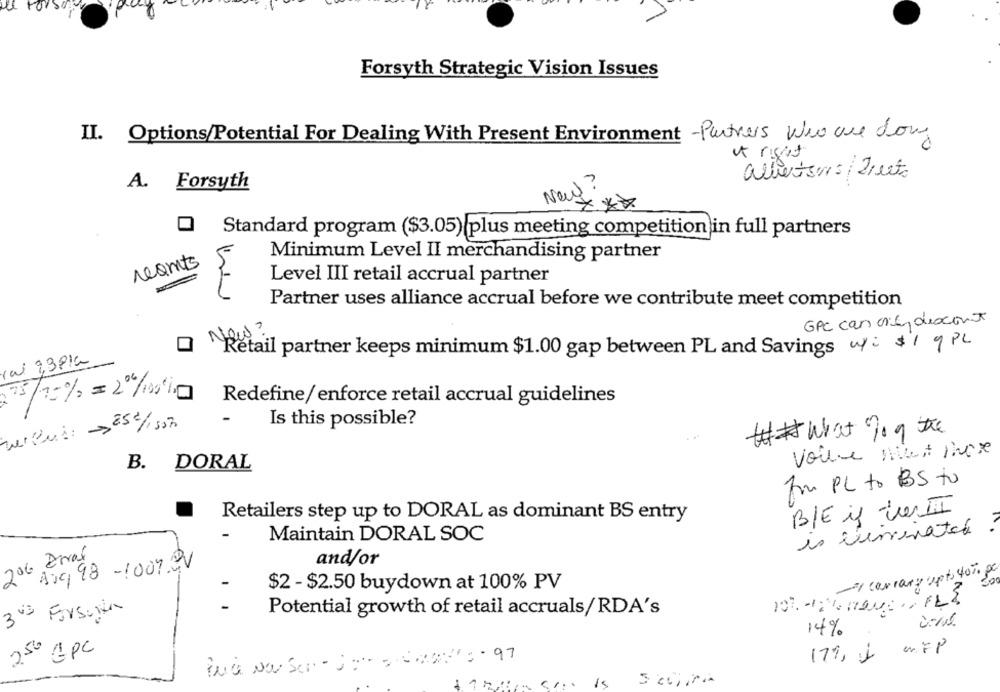
Forsyth Strategic Vision Issues
II. Options/Potential For Dealing With Present Environment -Partners Who we don
a right
albertsons/ 2 ects
A. Forsyth
New ?
Standard program ($3.05) plus meeting competition in full partners
Minimum Level II merchandising partner
reemts
Level III retail accrual partner
Partner uses alliance accrual before we contribute meet competition
GPC can city discount
· Now?
Retail partner keeps minimum $1.00 gap between PL and Savings w/ $1 9 PL
rai 3,3Pia
Redefine/ enforce retail accrual guidelines
Is this possible?
## What ?og the
Voice Memos
B. DORAL
for PL to BS to
Retailers step up to DORAL as dominant BS entry
BIE is theI
es luminata ?
Maintain DORAL SOC
206 Euros
Aig98-1007.9V
and/or
-- 1 carrary upto 40% pc
$2 - $2.50 buydown at 100% PV
3 º3 ForSoNA
Potential growth of retail accruals/RDA's
14%
en FP
250 1PC
Ruc Non Ser- 3: 26 00. 97
179, 1